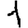
Digit: 1